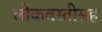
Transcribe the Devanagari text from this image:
लोकवस्तीसह